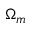
\Omega _ { m }